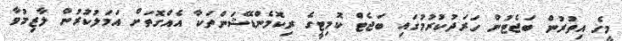
މީގެ އިތުރުން ބަޖެޓުން ހަރަދުކުރުމުގައި ބަޖެޓް ކޮމިޓީގެ ރިކޮމެންޑޭޝަންތަކާ އެއްގޮތަށް އަމަލުކުރުން ލާޒިމުވާ